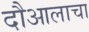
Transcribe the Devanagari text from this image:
दौआलाचा